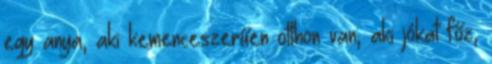
egy anya, aki kemenceszerűen otthon van, aki jókat főz,